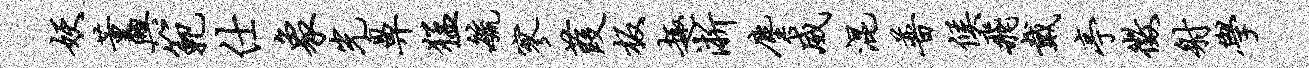
妖董兴范仕象光鼻猛毓寥葭板趣淅尘威混普候飞戴亭征射学